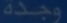
وجدة